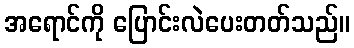
အရောင်ကို ပြောင်းလဲပေးတတ်သည်။